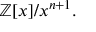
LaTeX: \mathbb { Z } [ x ] / x ^ { n + 1 } .